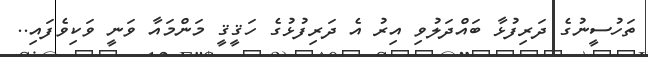
ތަހުސީނުގެ ދަރިފުޅާ ބައްދަލުވި އިރު އެ ދަރިފުޅުގެ ހަޤީޤީ މަންމައާ ވަނީ ވަކިވެފައި..